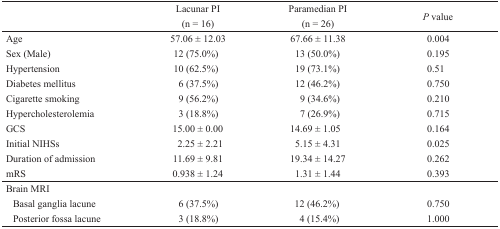
<table><thead><tr><td></td><td><b>Lacunar PI (n = 16)</b></td><td><b>Paramedian PI (n = 26)</b></td><td><b><i>P</i> value</b></td></tr></thead><tbody><tr><td>Age</td><td>57.06 ± 12.03</td><td>67.66 ± 11.38</td><td>0.004</td></tr><tr><td>Sex (Male)</td><td>12 (75.0%)</td><td>13 (50.0%)</td><td>0.195</td></tr><tr><td>Hypertension</td><td>10 (62.5%)</td><td>19 (73.1%)</td><td>0.51</td></tr><tr><td>Diabetes mellitus</td><td>6 (37.5%)</td><td>12 (46.2%)</td><td>0.750</td></tr><tr><td>Cigarette smoking</td><td>9 (56.2%)</td><td>9 (34.6%)</td><td>0.210</td></tr><tr><td>Hypercholesterolemia</td><td>3 (18.8%)</td><td>7 (26.9%)</td><td>0.715</td></tr><tr><td>GCS</td><td>15.00 ± 0.00</td><td>14.69 ± 1.05</td><td>0.164</td></tr><tr><td>Initial NIHSs</td><td>2.25 ± 2.21</td><td>5.15 ± 4.31</td><td>0.025</td></tr><tr><td>Duration of admission</td><td>11.69 ± 9.81</td><td>19.34 ± 14.27</td><td>0.262</td></tr><tr><td>mRS</td><td>0.938 ± 1.24</td><td>1.31 ± 1.44</td><td>0.393</td></tr><tr><td colspan="4">Brain MRI</td></tr><tr><td>Basal ganglia lacune</td><td>6 (37.5%)</td><td>12 (46.2%)</td><td>0.750</td></tr><tr><td>Posterior fossa lacune</td><td>3 (18.8%)</td><td>4 (15.4%)</td><td>1.000</td></tr></tbody></table>